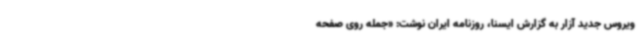
ویروس جدید آزار به گزارش ایسنا، روزنامه ایران نوشت: «جمله روی صفحه